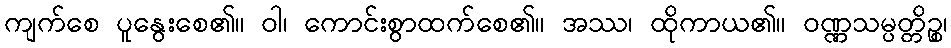
ကျက်စေ ပူနွေးစေ၏။ ဝါ၊ ကောင်းစွာထက်စေ၏။ အဿ၊ ထိုကာယ၏။ ဝဏ္ဏသမ္ပတ္တိဉ္စ၊